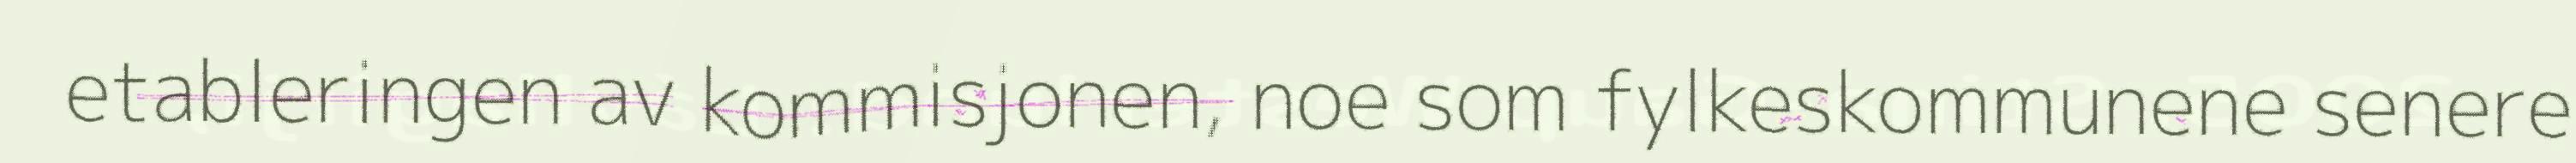
etableringen av kommisjonen, noe som fylkeskommunene senere